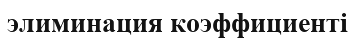
элиминация коэффициенті